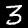
Digit: 3